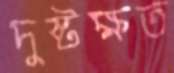
দুষ্টক্ষত